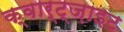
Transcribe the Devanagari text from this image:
क्वार्ट्‌ज़ाइट